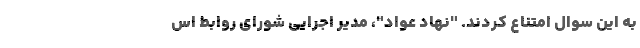
به این سوال امتناع کردند. "نهاد عواد"، مدیر اجرایی شورای روابط اس